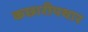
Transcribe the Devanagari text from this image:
कछारीपथार